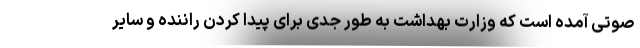
صوتی آمده است که وزارت بهداشت به طور جدی برای پیدا کردن راننده و سایر